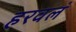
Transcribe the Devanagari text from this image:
हरवलं